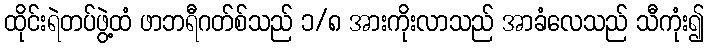
ထိုင်းရဲတပ်ဖွဲ့ထံ ဖာဘရီဂတ်စ်သည် ၁/၈ အားကိုးလာသည် အာခံလေသည် သီကုံး၍